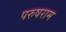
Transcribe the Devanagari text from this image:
परुषराम